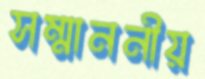
সম্মাননীয়